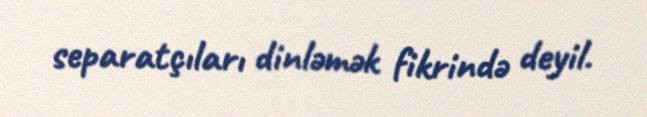
separatçıları dinləmək fikrində deyil.